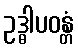
ဥဒ္ဓါပဝန္တံ